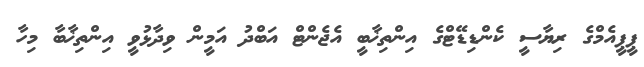
ޕީޕީއެމްގެ ރިޔާސީ ކެންޑިޑޭޓްގެ އިންތިޚާބީ އެޖެންޓް އަބްދު އަމީން ވިދާޅުވީ އިންތިޚާބާ މިހާ